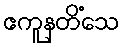
ဧကူနတိံသေ